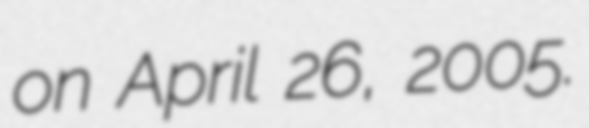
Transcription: on April 26, 2005.